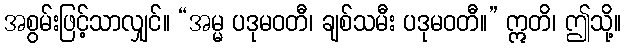
အစွမ်းဖြင့်သာလျှင်။ “အမ္မ ပဒုမဝတီ၊ ချစ်သမီး ပဒုမဝတီ။” ဣတိ၊ ဤသို့။